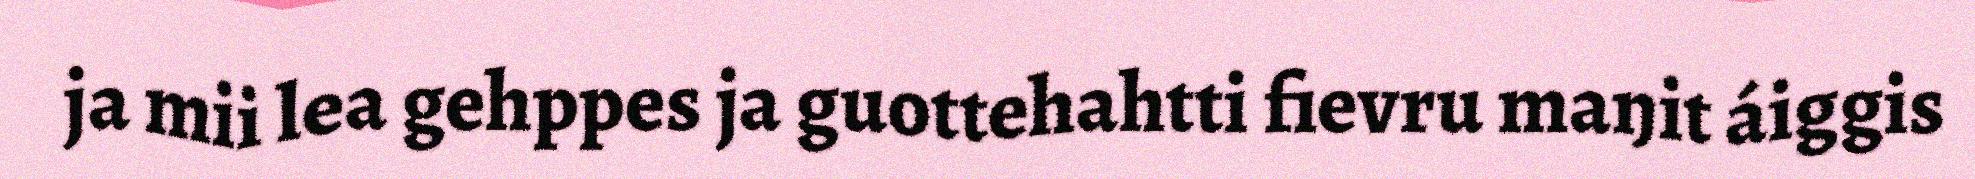
ja mii lea gehppes ja guottehahtti fievru maŋit áiggis